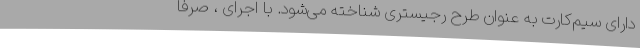
دارای سیم‌کارت به عنوان طرح رجیستری شناخته می‌شود. با اجرای ، صرفا